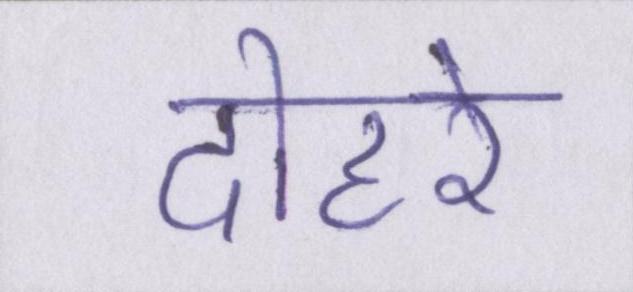
दोहरे